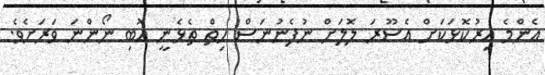
އެންމެ އިރުކޮޅަކަށް އެސޫރަ ލޮލަށް ނުފެނުނަސް ހިތް ތެޅެނީ އޮބި ނޯންނަ ވަރަށެވެ.